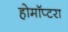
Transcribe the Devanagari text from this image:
होमॉप्टरा